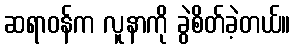
ဆရာဝန်က လူနာကို ခွဲစိတ်ခဲ့တယ်။